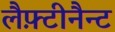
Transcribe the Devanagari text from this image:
लैफ़्टीनैन्ट